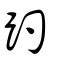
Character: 趵